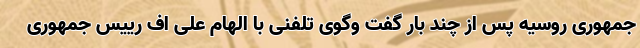
جمهوری روسیه پس از چند بار گفت وگوی تلفنی با الهام علی اف رییس جمهوری